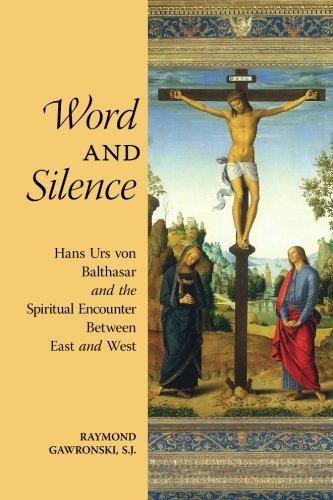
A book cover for Word and Silence: Hans Urs von Balthasar and the Spiritual Encounter Between East and West (3rd edition); Raymond Gawronski; Christian Books & Bibles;